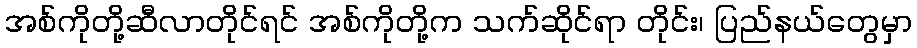
အစ်ကိုတို့ဆီလာတိုင်ရင် အစ်ကိုတို့က သက်ဆိုင်ရာ တိုင်း၊ ပြည်နယ်တွေမှာ